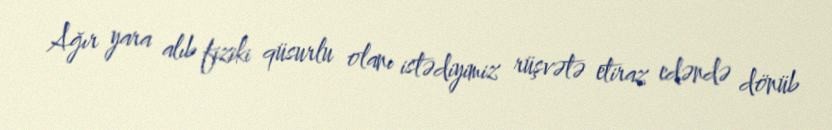
Ağır yara alıb fiziki qüsurlu olanı istədiyimiz rüşvətə etiraz edəndə dönüb